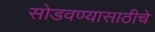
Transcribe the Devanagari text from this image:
सोडवण्यासाठीचे